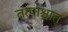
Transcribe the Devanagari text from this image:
तत्पाश्चात्